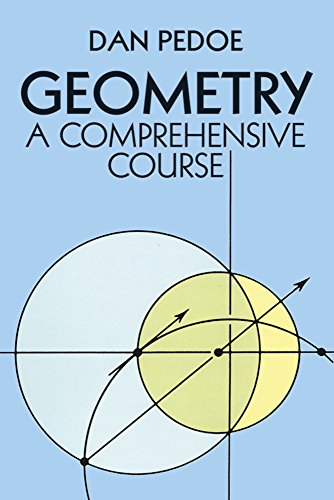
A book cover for Geometry: A Comprehensive Course (Dover Books on Mathematics); Dan Pedoe; Science & Math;